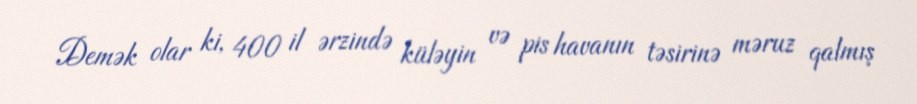
Demək olar ki, 400 il ərzində küləyin və pis havanın təsirinə məruz qalmış